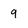
Character: 9